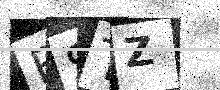
Text: BSTZ